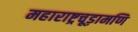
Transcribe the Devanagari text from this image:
महाराष्ट्रचूड़ामणि